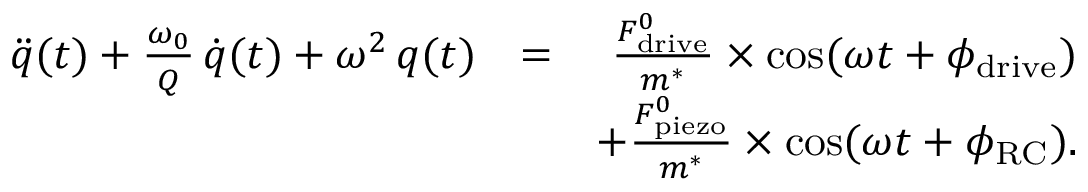
\begin{array} { r l r } { \ddot { q } ( t ) + \frac { \omega _ { 0 } } { Q } \, \dot { q } ( t ) + \omega ^ { 2 } \, q ( t ) } & { = } & { \frac { F _ { \mathrm { d r i v e } } ^ { 0 } } { m ^ { * } } \times \cos ( \omega t + \phi _ { \mathrm { d r i v e } } ) } \\ & { } & { + \frac { F _ { \mathrm { p i e z o } } ^ { 0 } } { m ^ { * } } \times \cos ( \omega t + \phi _ { \mathrm { R C } } ) . } \end{array}